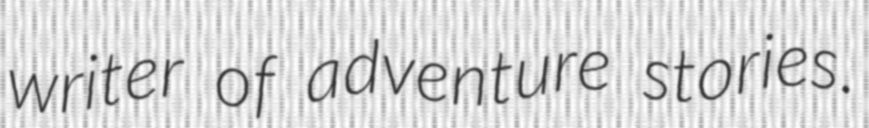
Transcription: writer of adventure stories.